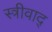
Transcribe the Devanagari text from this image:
स्त्रीवाद्